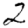
Digit: 2